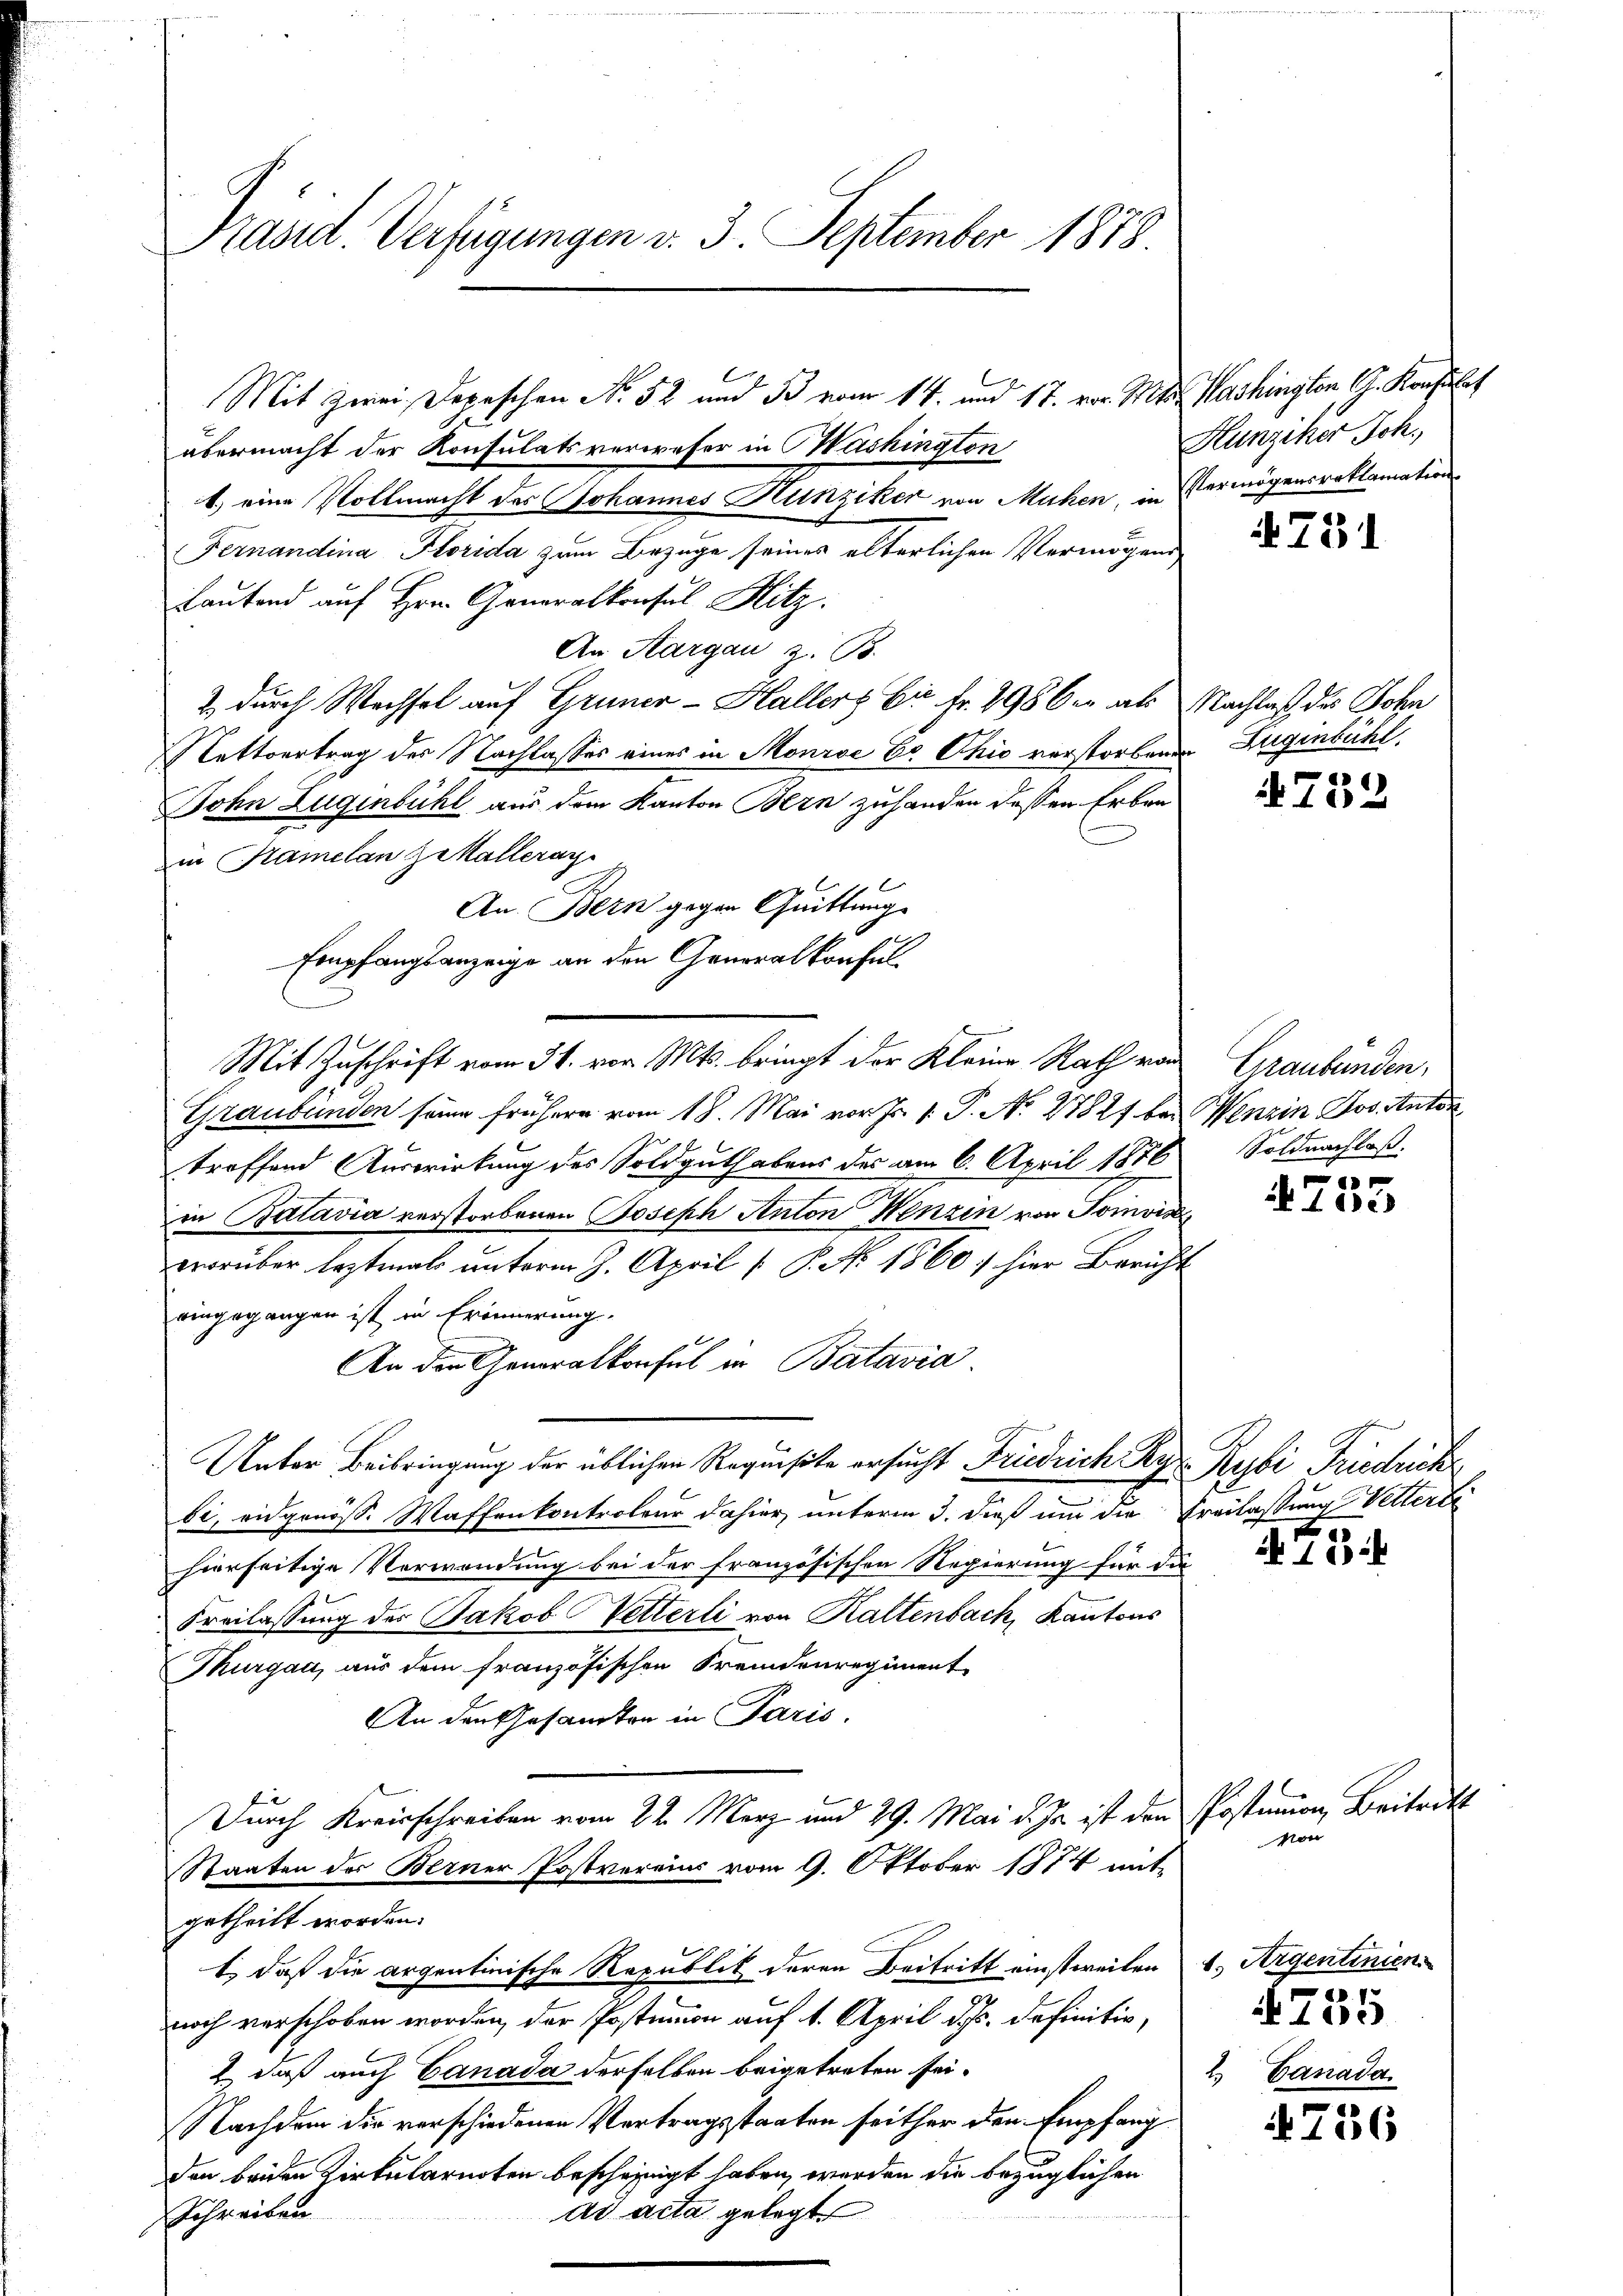
Präsid. Verfügungen v. 3. September 1878

übermacht der Konsulatsverweser in Washington
t) eine Vollmacht des Johannes Hunziker von Mühen, in Vermögensroklamations
Fernandina Florida zum Bezüge seines alterlichen Vermögens
Lautend auf Hrn. Generalkonsul Hitz.
An Aargau z. B.
& durch Wechsel auf Gruner-Hallers bis Fr. 298 der als Nachlaß des Sohn
ettvertrag des Nachlasses eines in Monroe E. Chio verstorbenen Zugenbühl
John Lugenbühl aus dem Kanton Bern zuhanden dessen Erbenin Kamelan Zakalleray
An. Bern gegen Quittung
Empfangsanzeige an den Generalkonsul
Mit Zuschrift vom 31. vor. Mts. bringt der Kleine Rath von
Graubünden seine frühere vom 18. Mai vor Fr. 1. P. No. 27827 bei Menzin Jos. Anton
troffend Auswirkung des Soldguthabens des am 6. April 1876
in Batavia verstorbenen Joseph Anton Henzin von Tomois
worüber leztmals unterm 9. April [ P. Nr. 1860 hier Bericht
eingegangen ist in Erinnerung.
An den Generalkonsul in Batavia
Unter Beibringung der üblichen Requisite ersucht Friedrich Ry Rybi Friedrich
bi, eidgenöss. Waffenkontroleur dahier, unterm 3. dieß um die Freilassung Vetterte
hierseitige Verwendung bei der französischen Regierung für die
Freilassung des Jakob Vetterli von Kaltenbach, Kantons
Thurgau, aus dem französischen Fremdenregiment
An den Gesandten in Paris.
Durch Kreisschreiben vom 22. März und 29. Mai d. Js. ist den Postamon Beitritt
Staaten der Berner Postvereins vom 9. Oktober 1874 mit
getheilt worden.
t, daß die argentinische Republik deren Beitritt einstweilen u. Argentinien.
noch verschoben worden, der Postimon auf 1. April d. Js. definitiv,
 daß auch Canada derselben beigetreten sei.
Nachdem die verschiedenen Vertragsstaaten seither den Empfang
den beiden Zirkularenten bescheinigt haben, werden die bezüglichen
ad acta gelegt
Schreiben

Mit zwei Depeschen No. 52 und de vom 14. und 17. vor. Mts. Washington, CG. Konsulat

Hunziker Joh.

4751

14)
 f 40 x

Graubünden,
Soldnachlaß.

t
 112

475

Mon

2. Canada.

4735

4756